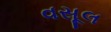
વસૂલ